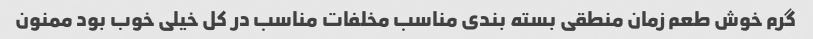
گرم خوش طعم زمان منطقی بسته بندی مناسب مخلفات مناسب در کل خیلی خوب بود ممنون